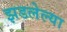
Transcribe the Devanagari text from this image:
झडलेल्या